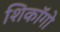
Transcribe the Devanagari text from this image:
शिकॉगो